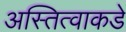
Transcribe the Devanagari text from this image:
अस्तित्वाकडे